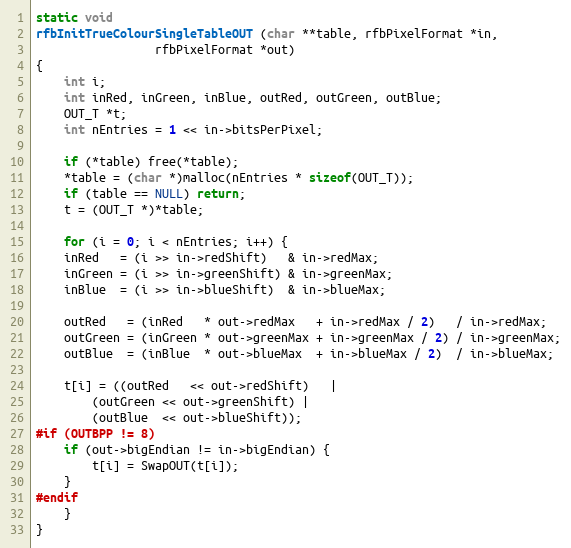
Language: C++
static void
rfbInitTrueColourSingleTableOUT (char **table, rfbPixelFormat *in,
				 rfbPixelFormat *out)
{
    int i;
    int inRed, inGreen, inBlue, outRed, outGreen, outBlue;
    OUT_T *t;
    int nEntries = 1 << in->bitsPerPixel;

    if (*table) free(*table);
    *table = (char *)malloc(nEntries * sizeof(OUT_T));
	if (table == NULL) return;
    t = (OUT_T *)*table;

    for (i = 0; i < nEntries; i++) {
	inRed   = (i >> in->redShift)   & in->redMax;
	inGreen = (i >> in->greenShift) & in->greenMax;
	inBlue  = (i >> in->blueShift)  & in->blueMax;

	outRed   = (inRed   * out->redMax   + in->redMax / 2)   / in->redMax;
	outGreen = (inGreen * out->greenMax + in->greenMax / 2) / in->greenMax;
	outBlue  = (inBlue  * out->blueMax  + in->blueMax / 2)  / in->blueMax;

	t[i] = ((outRed   << out->redShift)   |
		(outGreen << out->greenShift) |
		(outBlue  << out->blueShift));
#if (OUTBPP != 8)
	if (out->bigEndian != in->bigEndian) {
	    t[i] = SwapOUT(t[i]);
	}
#endif
    }
}